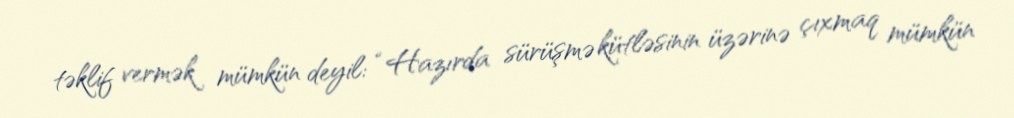
təklif vermək mümkün deyil: “Hazırda sürüşmə kütləsinin üzərinə çıxmaq mümkün